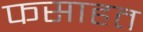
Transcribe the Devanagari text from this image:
फसाहत